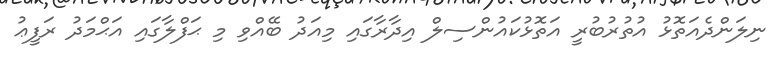
ނިލަންދެއަތޮޅު އުތުރުބުރީ އަތޮޅުކައުންސިލް އިދާރާގައި މިއަދު ބޭއްވި މި ޙަފްލާގައި އަޙްމަދު ރަފީޢު